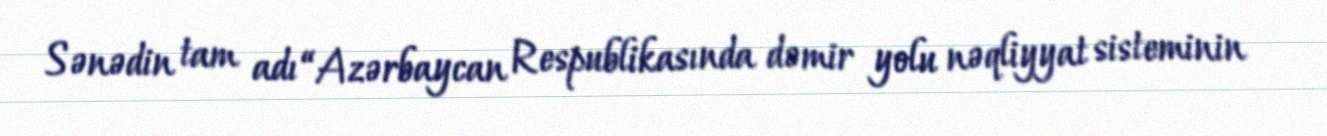
Sənədin tam adı “Azərbaycan Respublikasında dəmir yolu nəqliyyat sisteminin